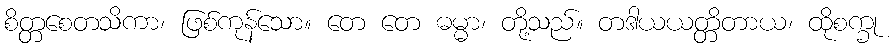
စိတ္တစေတသိကာ၊ ဖြစ်ကုန်သော။ တေ တေ ဓမ္မာ၊ တို့သည်။ တဒါယယတ္တိတာယ၊ ထိုစက္ခု